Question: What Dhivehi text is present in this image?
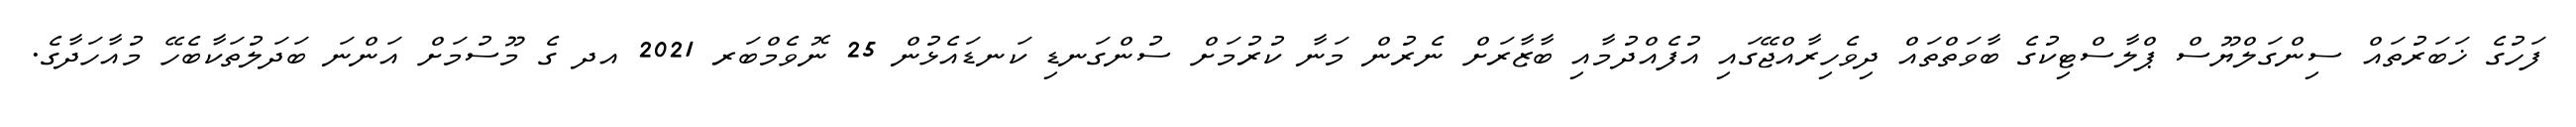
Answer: ފަހުގެ ޚަބަރުތައް ސިންގަލްޔޫސް ޕްލާސްޓިކުގެ ބާވަތްތައް ދިވެހިރާއްޖޭގައި އުފެއްދުމާއި ބާޒާރަށް ނެރުން މަނާ ކުރުމަށް ސުންގަނޑި ކަނޑައެޅުން 25 ނޮވެމްބަރ 2021 އދ ގެ މޫސުމަށް އަންނަ ބަދަލުތަކާބެހޭ މުއާހަދާގެ.